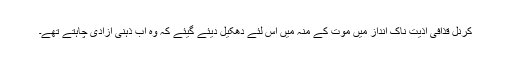
کرنل قذافی اذیت ناک انداز میں موت کے منہ میں اس لئے دھکیل دیئے گیئے کہ وہ اب ذہنی آزادی چاہتے تھے۔